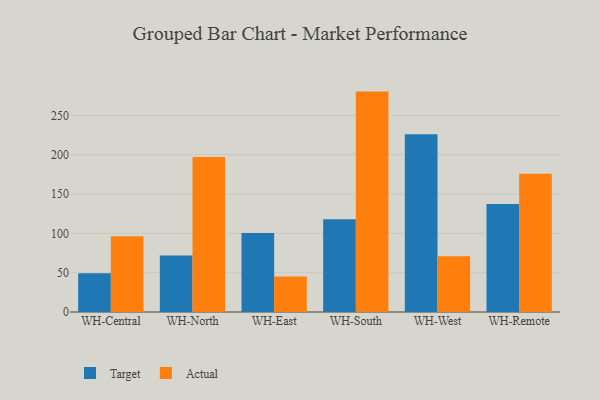
{"axis": {"x": "Warehouse", "y": "Shipments"}, "legend": ["Actual", "Target"], "data": [{"x": "WH-Central", "y": 49.4, "type": "Target"}, {"x": "WH-Central", "y": 96.3, "type": "Actual"}, {"x": "WH-North", "y": 71.7, "type": "Target"}, {"x": "WH-North", "y": 197.2, "type": "Actual"}, {"x": "WH-East", "y": 100.6, "type": "Target"}, {"x": "WH-East", "y": 45.3, "type": "Actual"}, {"x": "WH-South", "y": 118.1, "type": "Target"}, {"x": "WH-South", "y": 280.3, "type": "Actual"}, {"x": "WH-West", "y": 226.0, "type": "Target"}, {"x": "WH-West", "y": 71.0, "type": "Actual"}, {"x": "WH-Remote", "y": 137.5, "type": "Target"}, {"x": "WH-Remote", "y": 175.9, "type": "Actual"}]}